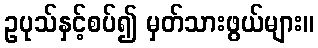
ဥပုသ်နှင့်စပ်၍ မှတ်သားဖွယ်များ။